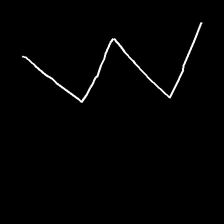
Glyph: crush